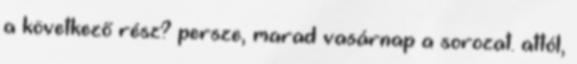
a következő rész? persze, marad vasárnap a sorozat. attól,